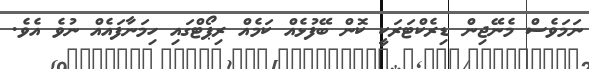
ނަމަވެސް މެނޭޖިން ޑިރެކްޓަރަކީ ކޮން ބޭފުޅެއް ކަމެއް ރިޕޯޓްގައި ހިމަނާފައެއް ނުވެ އެވެ.